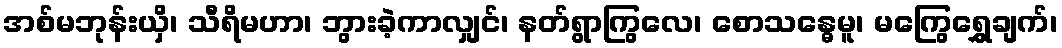
အစ်မဘုန်းယှိ၊ သီရိမဟာ၊ ဘွားခဲ့ကာလျှင်၊ နတ်ရွာကြွလေ၊ စောသန္ဓေမူ၊ မကြွေရွှေချက်၊